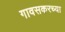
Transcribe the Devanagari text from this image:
गावसकरच्या